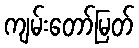
ကျမ်းတော်မြတ်